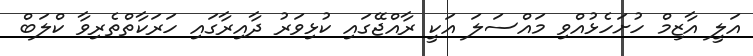
އަލީ އާޒިމް ހުށަހެޅުއްވި މައްސަލަ އަކީ ރާއްޖޭގައި ކުޅިވަރު ދާއިރާގައި ހަރަކާތްތެރިވާ ކްލަބް